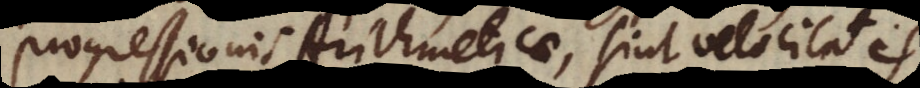
progressionis Arithmeticae, sint velocitates